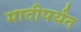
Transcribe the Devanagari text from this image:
मादीपर्यंत